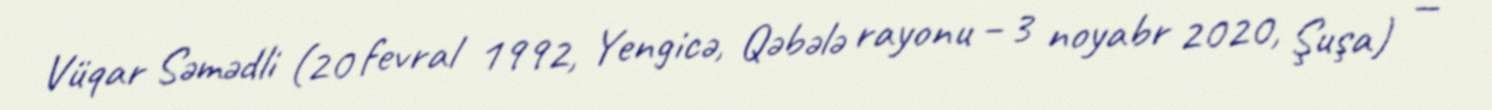
Vüqar Səmədli (20 fevral 1992, Yengicə, Qəbələ rayonu – 3 noyabr 2020, Şuşa) —